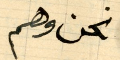
نحن وهم